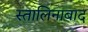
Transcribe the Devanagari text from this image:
स्तालिनाबाद